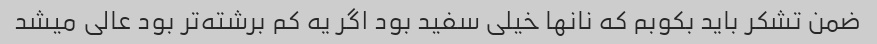
ضمن تشکر باید بکوبم که نانها خیلی سفید بود اگر یه کم برشته‌تر بود عالی میشد